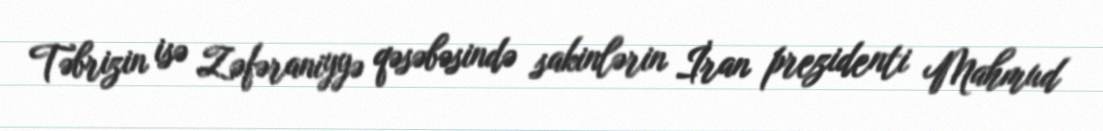
Təbrizin isə Zəfəraniyyə qəsəbəsində sakinlərin İran prezidenti Mahmud